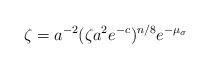
LaTeX: \begin{align*}\zeta=a^{-2}(\zeta a^2e^{-c})^{n/8}e^{-\mu_\sigma}\end{align*}